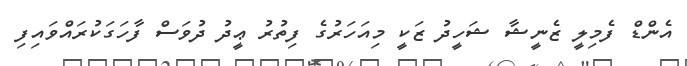
އެންޑް ފެމިލީ ޒެނީޝާ ޝަހީދު ޒަކީ މިއަހަރުގެ ފިތުރު ޢީދު ދުވަސް ފާހަގަކުރައްވައިފި